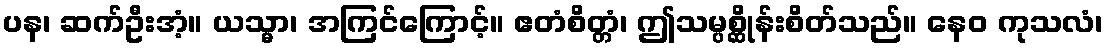
ပန၊ ဆက်ဦးအံ့။ ယသ္မာ၊ အကြင်ကြောင့်။ ဧတံစိတ္တံ၊ ဤသမ္ပစ္ဆိုန်းစိတ်သည်။ နေဝ ကုသလံ၊